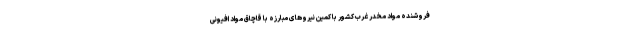
فروشنده مواد مخدر غرب کشور با کمین نیروهای مبارزه با قاچاق مواد افیونی